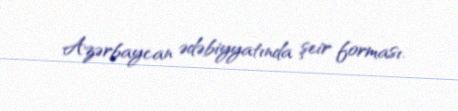
Azərbaycan ədəbiyyatında şeir forması.